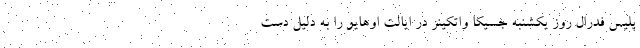
پلیس فدرال روز یکشنبه جسیکا واتکینز در ایالت اوهایو را به دلیل دست